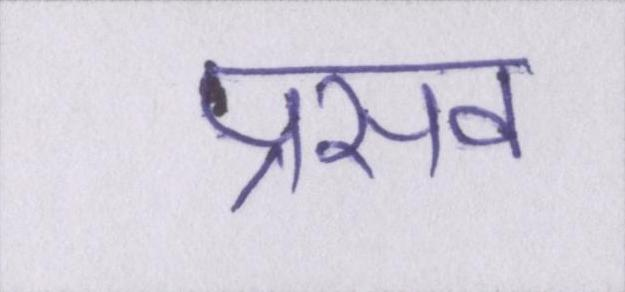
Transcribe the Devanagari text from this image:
प्रसव